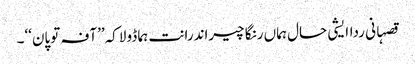
قصہانی رداایشی حال ہماں رنگا چیراندرانت ہما ڈولاکہ’’آفہ توپان‘‘۔